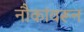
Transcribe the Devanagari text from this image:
नौकांवरून